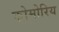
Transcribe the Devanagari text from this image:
कोमोरिय